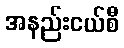
အနည်းငယ်စီ